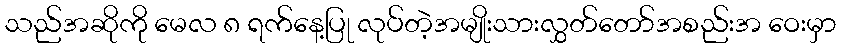
သည်အဆိုကို မေလ ၈ ရက်နေ့ပြု လုပ်တဲ့အမျိုးသားလွှတ်တော်အစည်းအ ဝေးမှာ